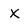
Character: X